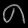
Digit: ၈